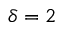
\delta = 2